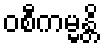
ဝစီကမ္မန္တိ